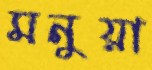
মনুয়া